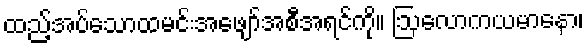
ထည့်အပ်သောထမင်းအဖျော်အစီအရင်ကို။ ဩလောကယမာနော၊